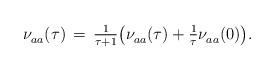
LaTeX: \begin{align*} \nu^{}_{aa} (\tau) \, = \, \tfrac{1}{\tau + 1} \bigl( \nu^{}_{aa} (\tau) + \tfrac{1}{\tau} \nu^{}_{aa} (0) \bigr).\end{align*}